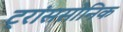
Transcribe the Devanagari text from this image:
ट्रांससोनिक